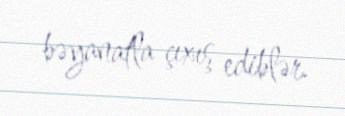
bəyanatla çıxış ediblər.